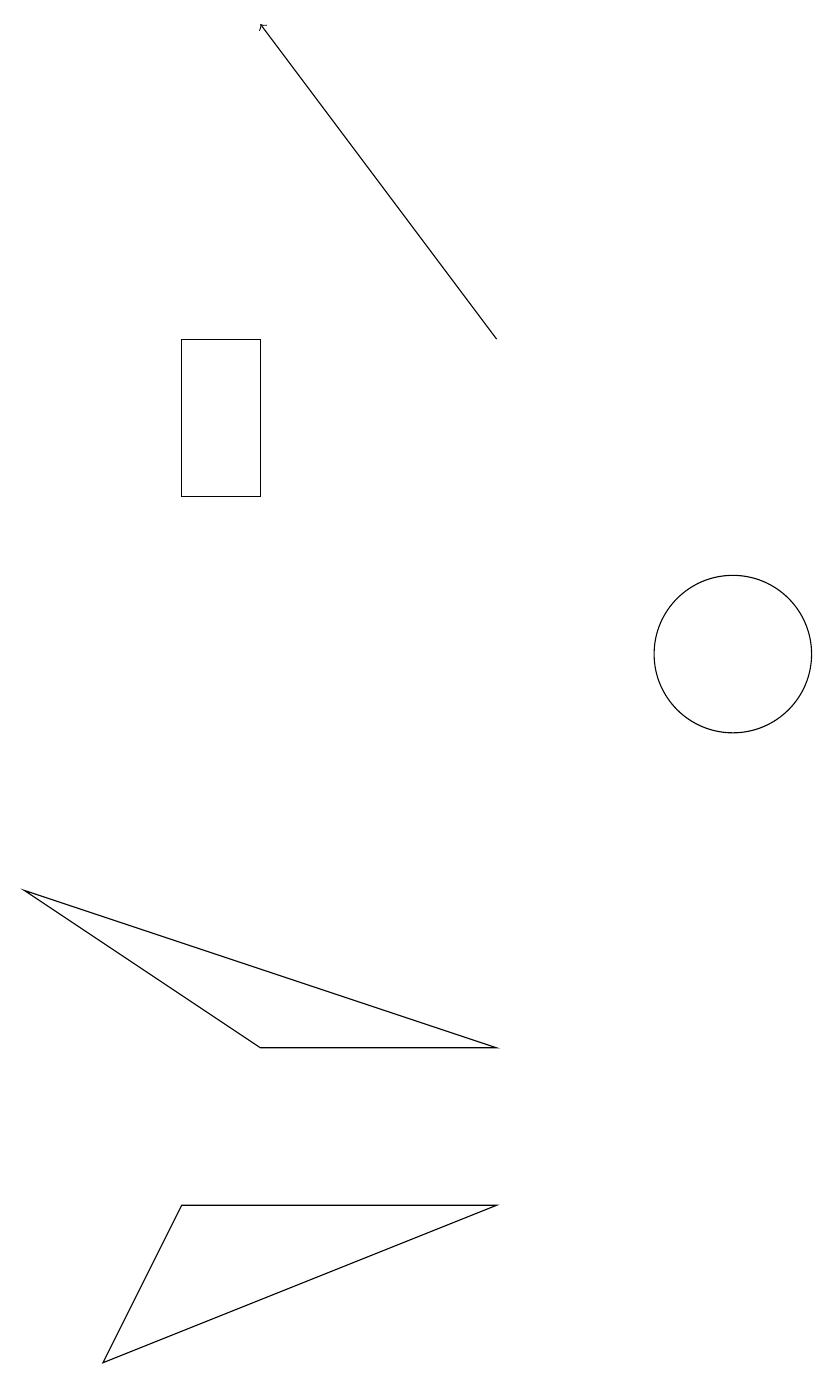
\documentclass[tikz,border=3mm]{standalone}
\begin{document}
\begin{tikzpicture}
\draw (3,4) -- (7,4) -- (2,2) -- cycle;
\draw[->] (7,15) -- (4,19);
\draw (10,11) circle (1);
\draw (1,8) -- (4,6) -- (7,6) -- cycle;
\draw (3,13) rectangle (4,15);
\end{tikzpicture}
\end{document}